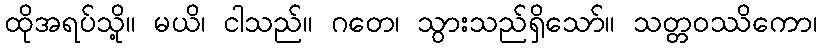
ထိုအရပ်သို့။ မယိ၊ ငါသည်။ ဂတေ၊ သွားသည်ရှိသော်။ သတ္တဝဿိကော၊